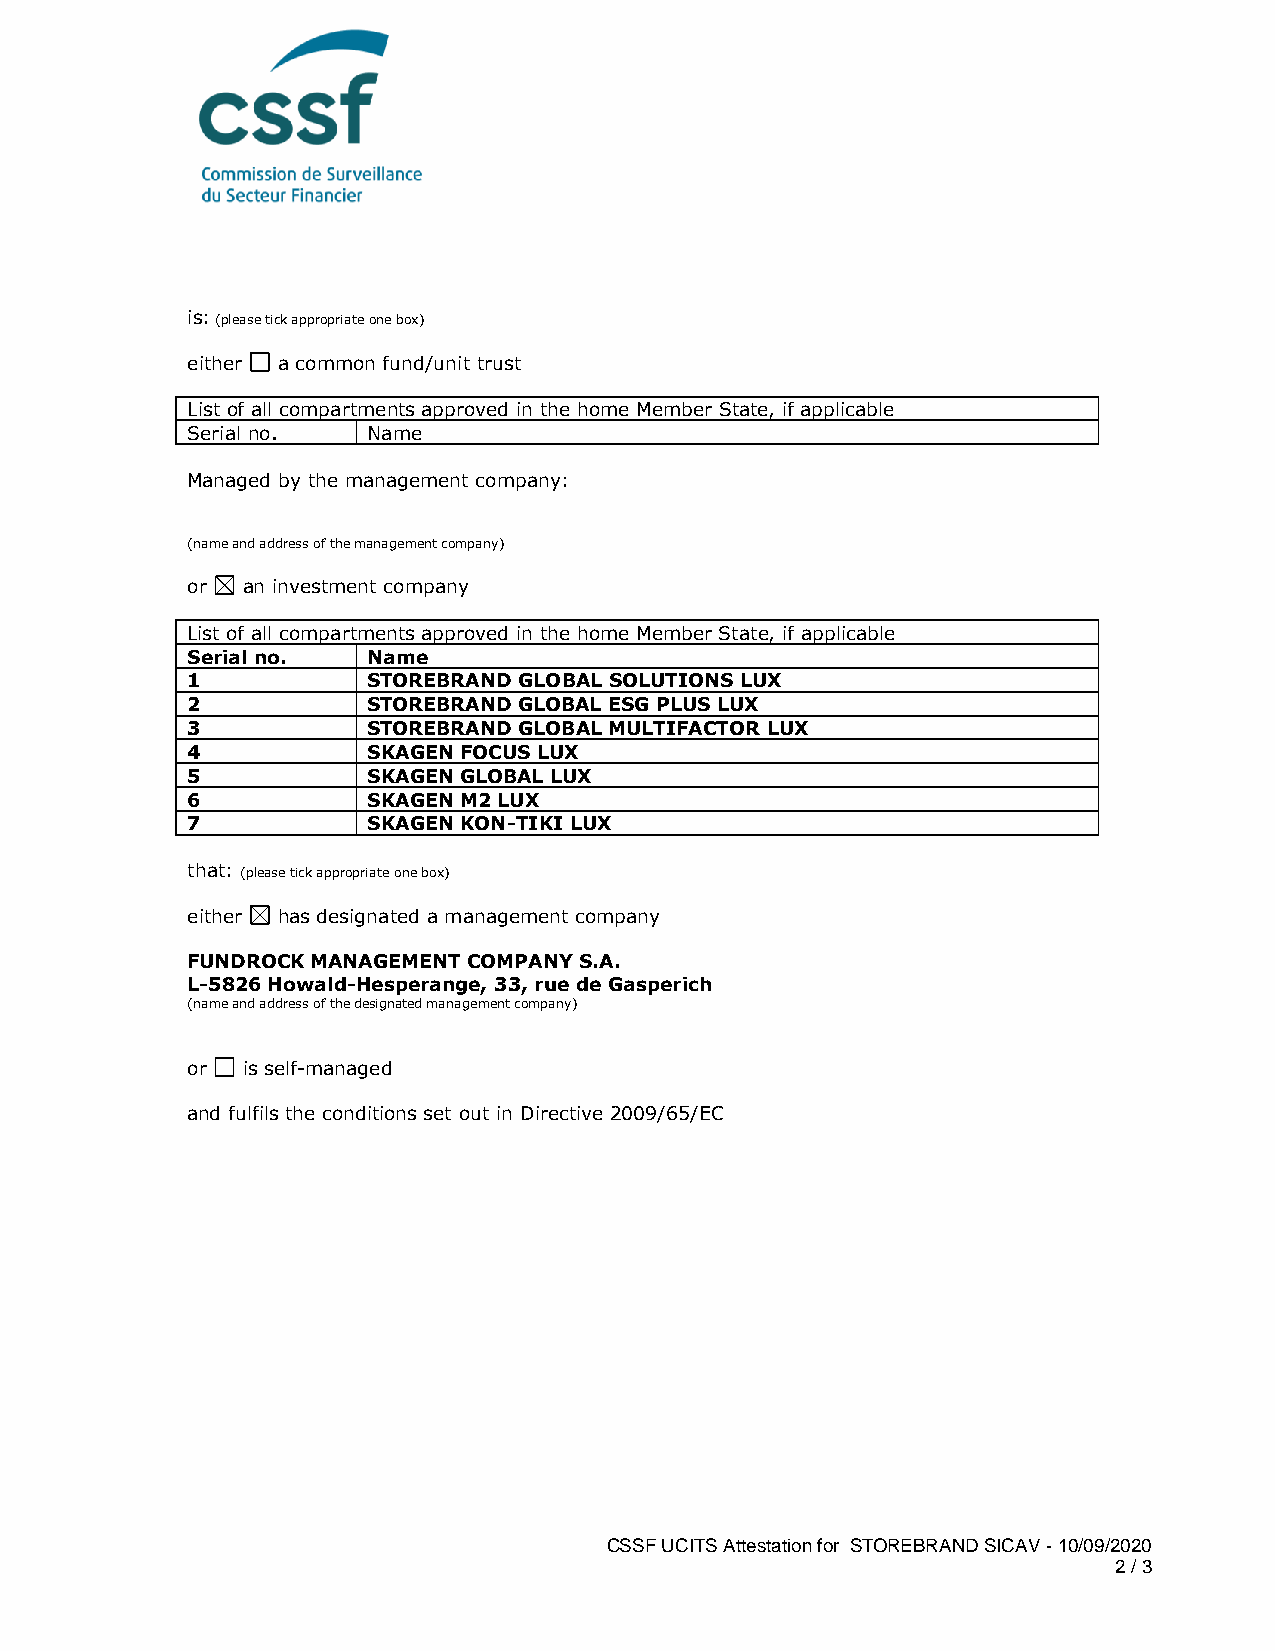
is: (please tick appropriate one box)
 either a common fund/unit trust
 List of all compartments approved in the home Member State, if applicable
 Serial no.  Name
 Managed by the management company:
 (name and address of the management company)
 or  an investment company
 List of all compartments approved in the home Member State, if applicable
 Serial no.  Name
 1           STOREBRAND GLOBAL SOLUTIONS LUX
 2           STOREBRAND GLOBAL ESG PLUS LUX
 3           STOREBRAND GLOBAL MULTIFACTOR LUX
 4           SKAGEN FOCUS LUX
 5           SKAGEN GLOBAL LUX
 6           SKAGEN M2 LUX
 7           SKAGEN KON-TIKI LUX
 that: (please tick appropriate one box)
 either has designated a management company
 FUNDROCK MANAGEMENT COMPANY S.A.
 L-5826 Howald-Hesperange, 33, rue de Gasperich
 (name and address of the designated management company)
 or  is self-managed
 and fulfils the conditions set out in Directive 2009/65/EC
 CSSF UCITS Attestation for STOREBRAND SICAV - 10/09/2020
 2 / 3